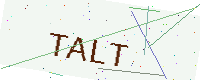
Text: TALT